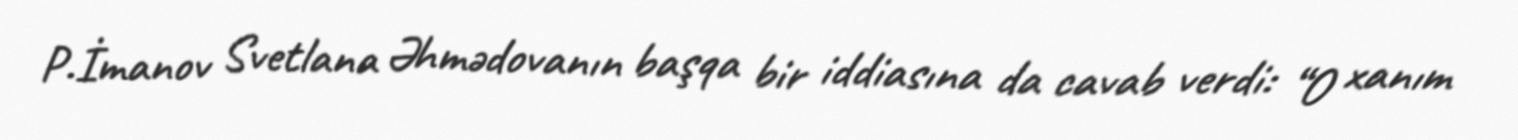
P.İmanov Svetlana Əhmədovanın başqa bir iddiasına da cavab verdi: “O xanım